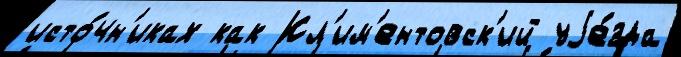
исто́чн'иках как Кл'им'ентовск'ий уjе́зда